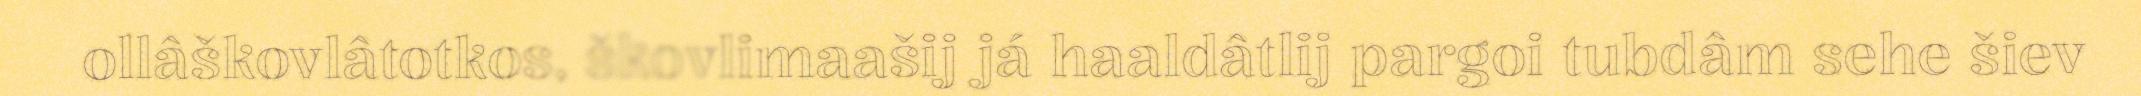
ollâškovlâtotkos, škovlimaašij já haaldâtlij pargoi tubdâm sehe šiev